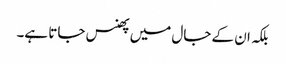
بلکہ ان کے جال میں پھنس جاتا ہے۔